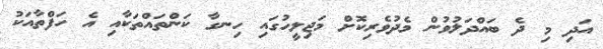
އަދި މި ދެ ބައްދަލުވުން މެދުވެރިކޮށް މަޖިލީހުގައި ހިނގާ ކަންތައްތަކާއި އެ ހަފްތާއަކު